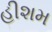
હીશમ